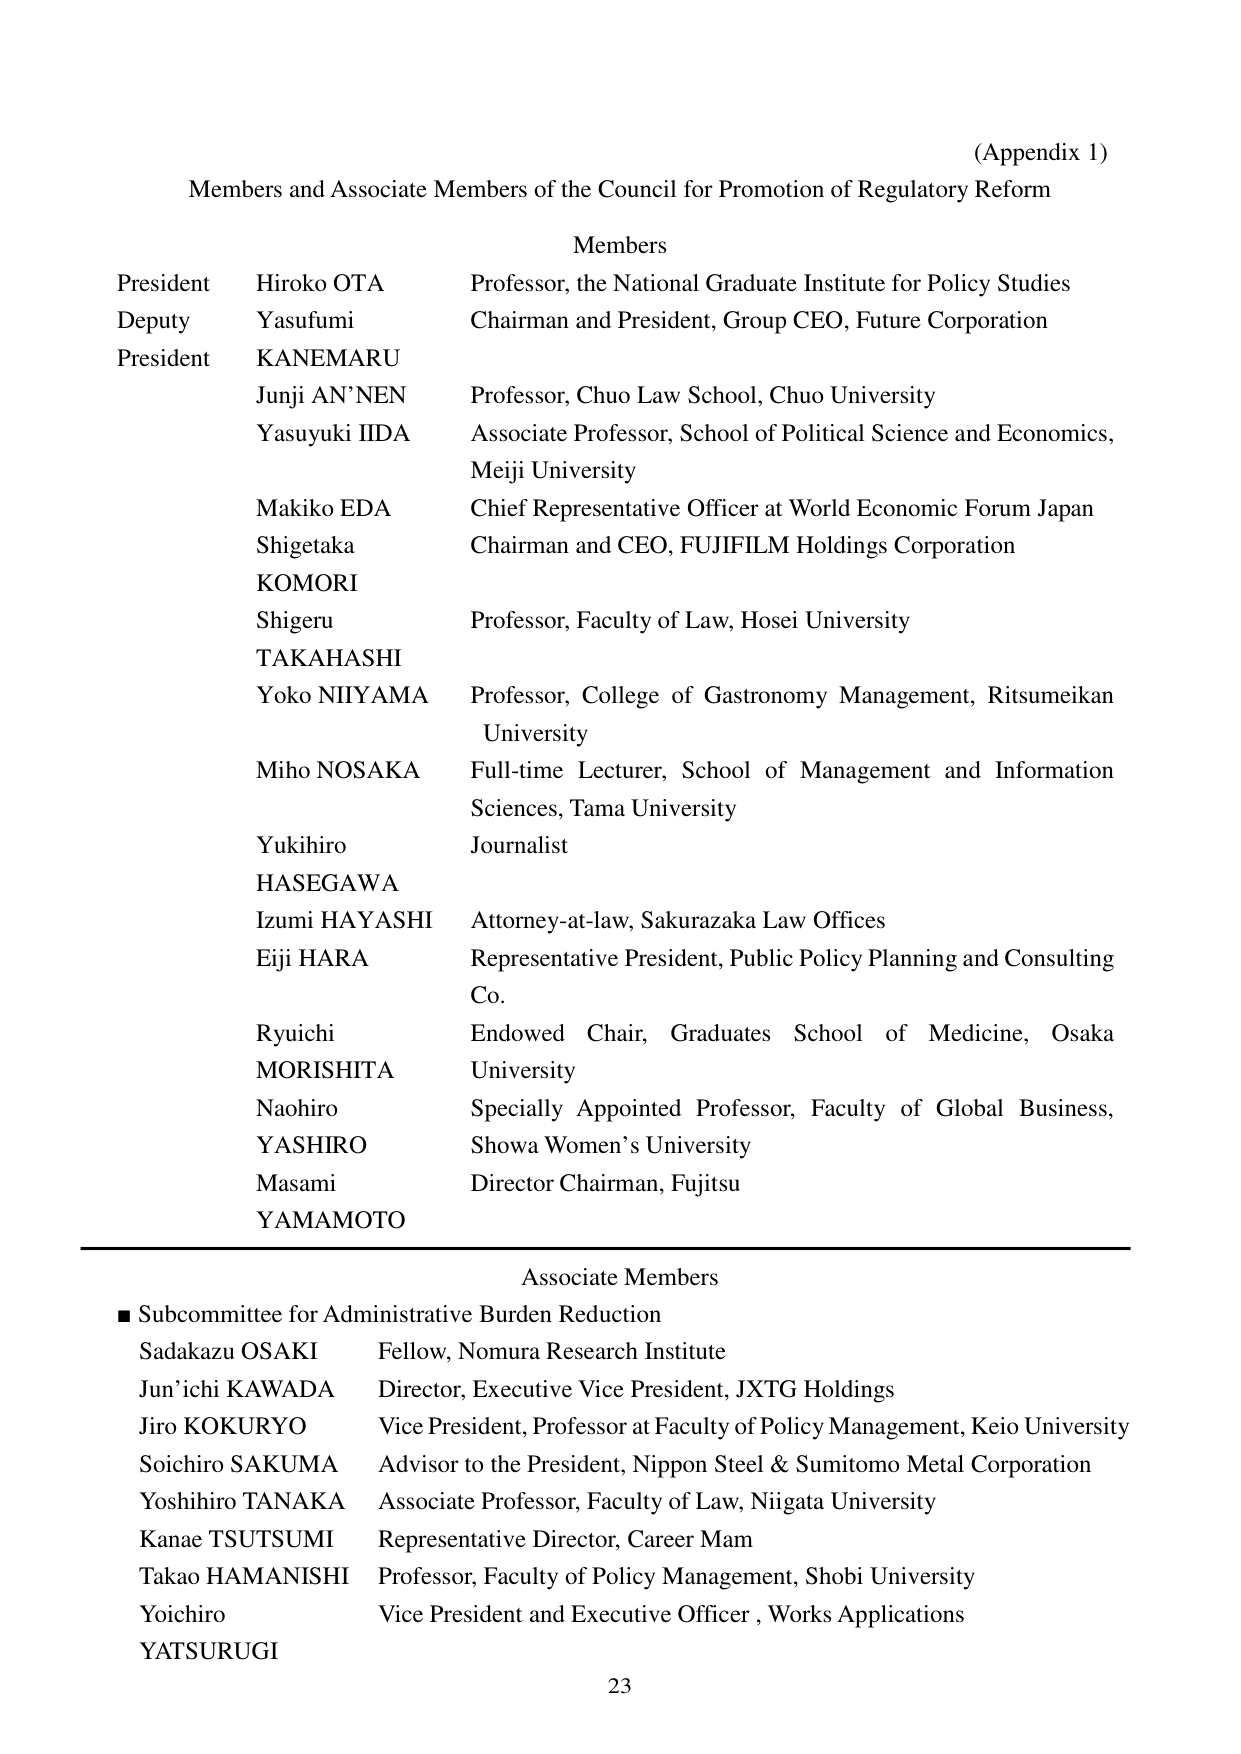
(Appendix 1)
Members and Associate Members of the Council for Promotion of Regulatory Reform

Members
President Hiroko OTA Professor, the National Graduate Institute for Policy Studies
Deputy Yasufumi Chairman and President, Group CEO, Future Corporation
President KANEMARU
Junji AN'NEN Professor, Chuo Law School, Chuo University
Yasuyuki IIDA Associate Professor, School of Political Science and Economics, Meiji University
Makiko EDA Chief Representative Officer at World Economic Forum Japan
Shigetaka Chairman and CEO, FUJIFILM Holdings Corporation
KOMORI
Shigeru Professor, Faculty of Law, Hosei University
TAKAHASHI
Yoko NIYAMA Professor, College of Gastronomy Management, Ritsumeikan University
Miho NOSAKA Full-time Lecturer, School of Management and Information Sciences, Tama University
Yukihiro Journalist
HASEGAWA
Izumi HAYASHI Attorney-at-law, Sakurazaka Law Offices
Eiji HARA Representative President, Public Policy Planning and Consulting Co.
Ryuichi Endowed Chair, Graduates School of Medicine, Osaka University
MORISHITA
Naohiro Specially Appointed Professor, Faculty of Global Business, Showa Women’s University
YASHIRO
Masami Director Chairman, Fujitsu
YAMAMOTO

Associate Members
■ Subcommittee for Administrative Burden Reduction
Sadakazu OSAKI Fellow, Nomura Research Institute
Jun’ichi KAWADA Director, Executive Vice President, JXTG Holdings
Jiro KOKURYO Vice President, Professor at Faculty of Policy Management, Keio University
Soichiro SAKUMA Advisor to the President, Nippon Steel & Sumitomo Metal Corporation
Yoshihiro TANAKA Associate Professor, Faculty of Law, Niigata University
Kanae TSUTSUMI Representative Director, Career Mam
Takao HAMANISHI Professor, Faculty of Policy Management, Shobi University
Yoichiro Vice President and Executive Officer, Works Applications
YATSURUGI

23